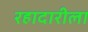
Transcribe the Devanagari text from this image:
रहादारीला